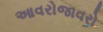
આવરોજાવરો